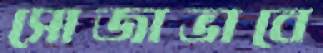
সোজাভাবে